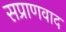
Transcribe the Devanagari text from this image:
सप्राणवाद